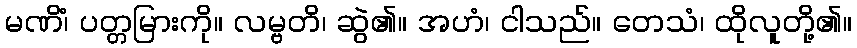
မဏိံ၊ ပတ္တမြားကို။ လမ္ဗတိ၊ ဆွဲ၏။ အဟံ၊ ငါသည်။ တေသံ၊ ထိုလူတို့၏။